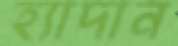
হ্যাদান